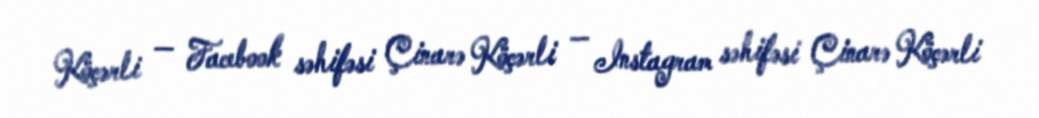
Köçərli — Facebook səhifəsi Çinarə Köçərli — Instagram səhifəsi Çinarə Köçərli